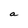
Character: a